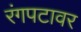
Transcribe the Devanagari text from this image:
रंगपटावर